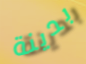
بدينة